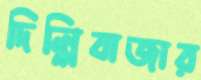
দিল্লিবাজার